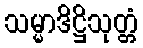
သမ္မာဒိဋ္ဌိသုတ္တံ